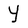
Character: Y